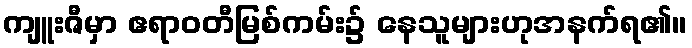
ကျူးဇီမှာ ဧရာဝတီမြစ်ကမ်း၌ နေသူများဟုအနက်ရ၏။